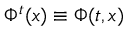
\Phi ^ { t } ( x ) \equiv \Phi ( t , x )